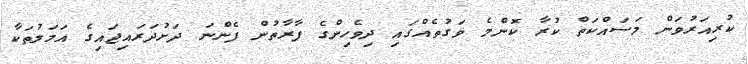
ކުރިއަރުވަން މަސައްކަތް ކުރާ ކޮންމެ ވަގުތެއްގައި ދިވެހިންގެ ފާރާތުން ފެންނަ ދަށުދަރައިޖައިގެ އަމަލުތަކާ